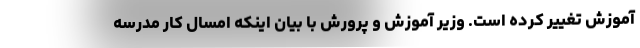
آموزش تغییر کرده است. وزیر آموزش و پرورش با بیان اینکه امسال کار مدرسه